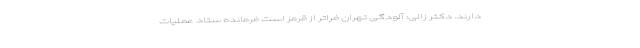
دارند. دکتر زالی: آلودگی تهران فراتر از قرمز است فرمانده ستاد عملیات